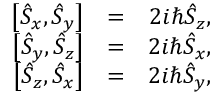
\begin{array} { r l r } { \left[ \hat { S } _ { x } , \hat { S } _ { y } \right] } & { = } & { 2 i \hbar \hat { S } _ { z } , } \\ { \left[ \hat { S } _ { y } , \hat { S } _ { z } \right] } & { = } & { 2 i \hbar \hat { S } _ { x } , } \\ { \left[ \hat { S } _ { z } , \hat { S } _ { x } \right] } & { = } & { 2 i \hbar \hat { S } _ { y } , } \end{array}